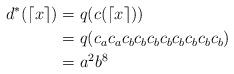
LaTeX: \begin{align*}d^*(\lceil x \rceil)&= q(c(\lceil x \rceil)) \\&= q(c_ac_ac_bc_bc_bc_bc_bc_bc_bc_b) \\&= a^2b^8\end{align*}